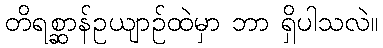
တိရစ္ဆာန်ဥယျာဉ်ထဲမှာ ဘာ ရှိပါသလဲ။